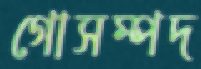
গোসম্পদ